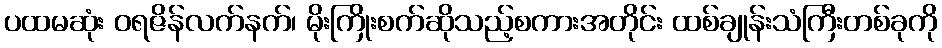
ပထမဆုံး ဝရဇိန်လက်နက်၊ မိုးကြိုးစက်ဆိုသည့်စကားအတိုင်း ထစ်ချုန်းသံကြီးတစ်ခုကို